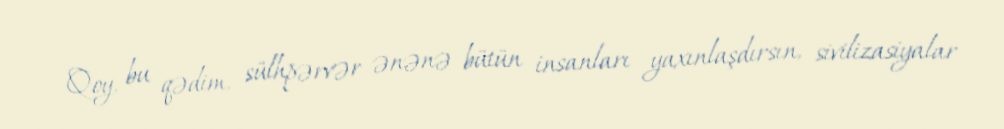
Qoy, bu qədim, sülhpərvər ənənə bütün insanları yaxınlaşdırsın, sivilizasiyalar